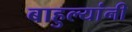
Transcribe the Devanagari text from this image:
बाहुल्यांनी